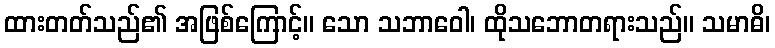
ထားတတ်သည်၏ အဖြစ်ကြောင့်။ သော သဘာဝေါ၊ ထိုသဘောတရားသည်။ သမာဓိ၊